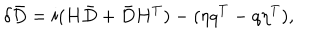
\delta \bar { D } = i ( H \bar { D } + \bar { D } H ^ { T } ) - ( \eta q ^ { T } - q \eta ^ { T } ) ,